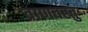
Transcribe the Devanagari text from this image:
व्राणवस्तु